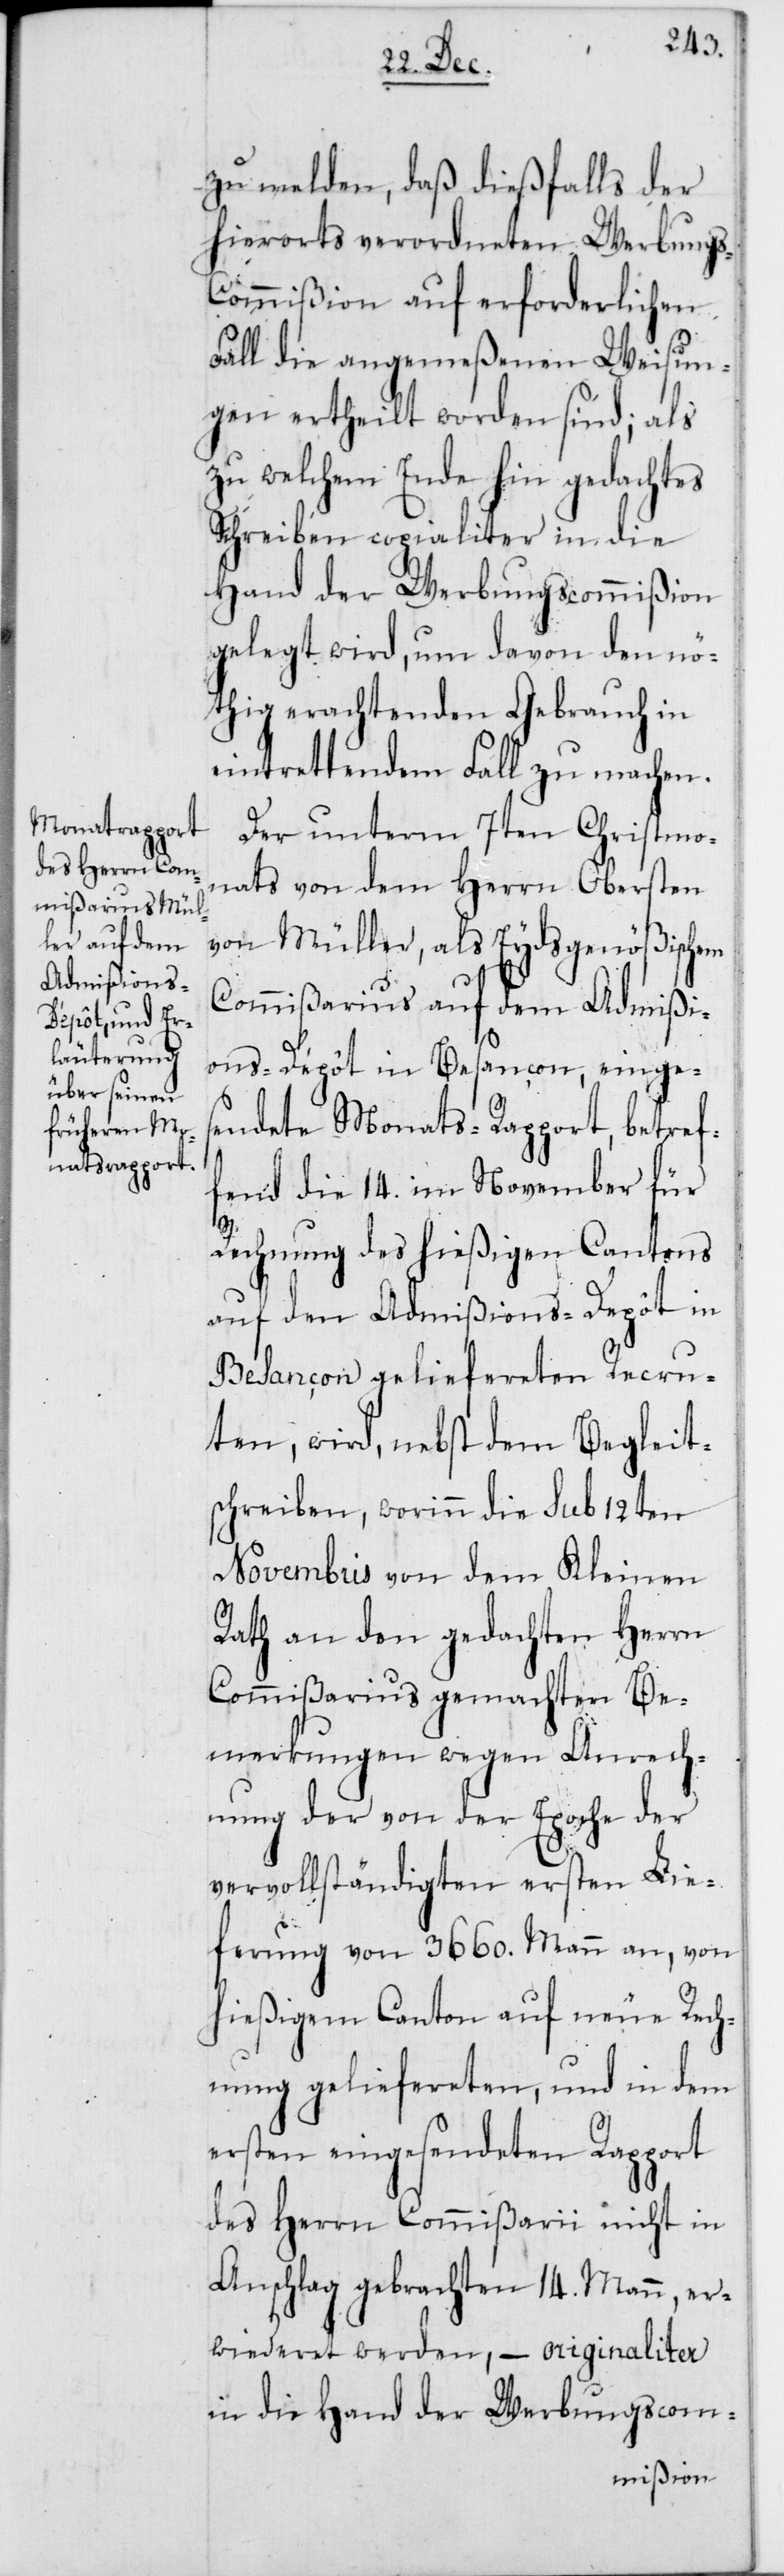
zu melden, daß dießfalls der
hierorts verordneten Werbung¬
s-Commision auf erforderlichen
Fall die angemeßenen Weisun¬
gen ertheilt worden sind; als
zu welchem Ende hin gedachtes
Schreiben copialiter in die
Hand der Werbungscommißion
gelegt wird, um davon den nö¬
thig erachtenden Gebrauch in
eintrettendem Fall zu machen.
Der unterm 7ten Christmo¬
nats von dem Herrn Obersten
von Müller, als Eydsgenößischem
Commißarius auf dem Admißi¬
ons-Dépôt in Besançon, einges¬
endete Monats-Rapport, betref¬
fend die 14. im November für
Rechnung des hießigen Cantons
auf den Admißions-Depôt in
Besançon geliefereten Recru¬
ten, wird, nebst dem Begleit¬
schreiben, worinn die sub 12ten
Novembris von dem Kleinen
Rath an den gedachten Herrn
Commißarius gemachten Be¬
merkungen wegen Anrech¬
nung der von der Epoche der
vervollständigten ersten Lie¬
ferung von 3660. Mann an, von
hießigem Canton auf neue Rech¬
nung geliefereten, und in dem
ersten eingesendeten Rapport
des Herrn Commißarii nicht in
Anschlag gebrachten 14. Mann, er¬
wiederet werden, – originaliter
in die Hand der Werbungscom-